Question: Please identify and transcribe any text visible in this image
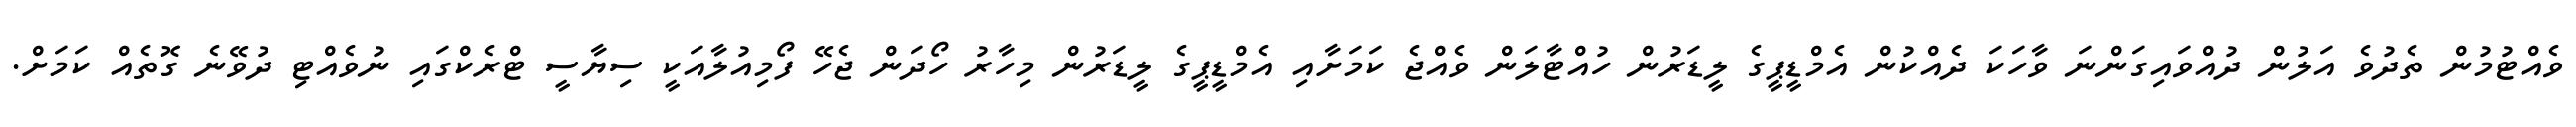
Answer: ވެއްޓުމުން ތެދުވެ އަލުން ދުއްވައިގަންނަ ވާހަކަ ދެއްކުން އެމްޑީޕީގެ ލީޑަރުން ހުއްޓާލަން ވެއްޖެ ކަމަށާއި އެމްޑީޕީގެ ލީޑަރުން މިހާރު ހޯދަން ޖެހޭ ފޯމިއުލާއަކީ ސިޔާސީ ޓްރެކްގައި ނުވެއްޓި ދުވޭނެ ގޮތެއް ކަމަށް.